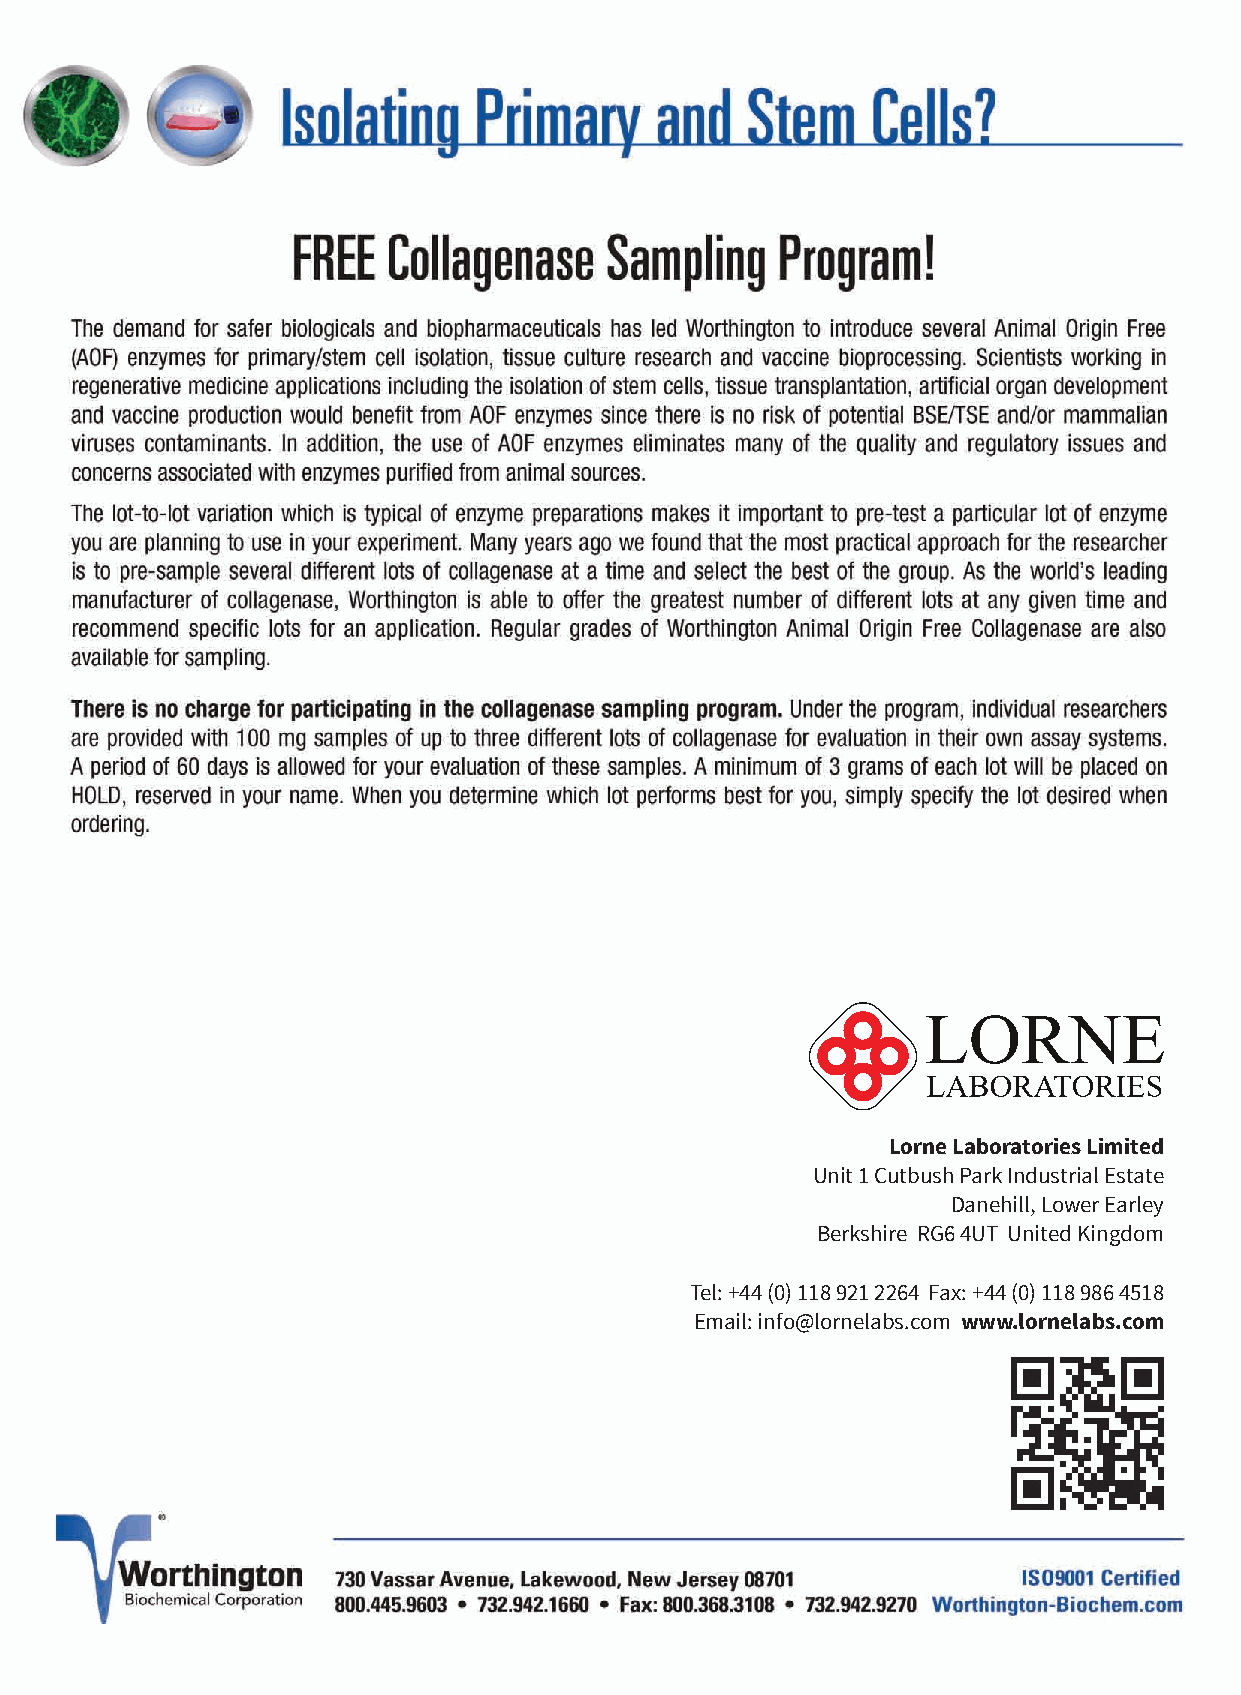
Lorne Laboratories Limited
 Unit 1 Cutbush Park Industrial Estate
 Danehill, Lower Earley
 Berkshire RG6 4UT United Kingdom
 Tel: +44 (0) 118 921 2264 Fax: +44 (0) 118 986 4518
 Email: info@lornelabs.com www.lornelabs.com